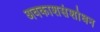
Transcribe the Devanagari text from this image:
अवकाशसंशोधन